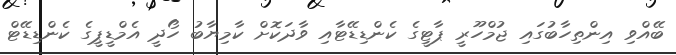
ބޭއްވި އިންތިހާބުގައި ޖުމްހޫރީ ޕާޓީގެ ކެންޑިޑޭޓާއި ވާދަކޮށް ކާމިޔާބު ހޯދީ އެމްޑީޕީގެ ކެންޑިޑޭޓް